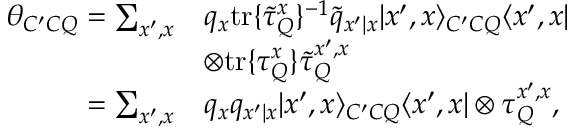
\begin{array} { r l } { \theta _ { C ^ { \prime } C Q } = \sum _ { x ^ { \prime } , x } } & { q _ { x } \mathrm { t r } \{ \tilde { \tau } _ { Q } ^ { x } \} ^ { - 1 } \tilde { q } _ { x ^ { \prime } | x } | x ^ { \prime } , x \rangle _ { C ^ { \prime } C Q } \langle x ^ { \prime } , x | } \\ & { \otimes \mathrm { t r } \{ \tau _ { Q } ^ { x } \} \tilde { \tau } _ { Q } ^ { x ^ { \prime } , x } } \\ { = \sum _ { x ^ { \prime } , x } } & { q _ { x } q _ { x ^ { \prime } | x } | x ^ { \prime } , x \rangle _ { C ^ { \prime } C Q } \langle x ^ { \prime } , x | \otimes \tau _ { Q } ^ { x ^ { \prime } , x } , } \end{array}